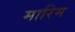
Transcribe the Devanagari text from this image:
मारिम